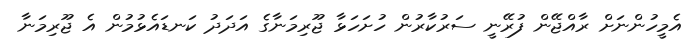
އެމީހުންނަށް ރާއްޖޭން ފުރޭނީ ސަރުކާރުން ހުށަހަޅާ ޖޫރިމަނާގެ އަދަދު ކަނޑައެޅުމުން އެ ޖޫރިމަނާ